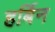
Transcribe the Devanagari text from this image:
हर्बिन